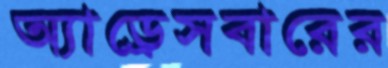
অ্যাড্রেসবারের